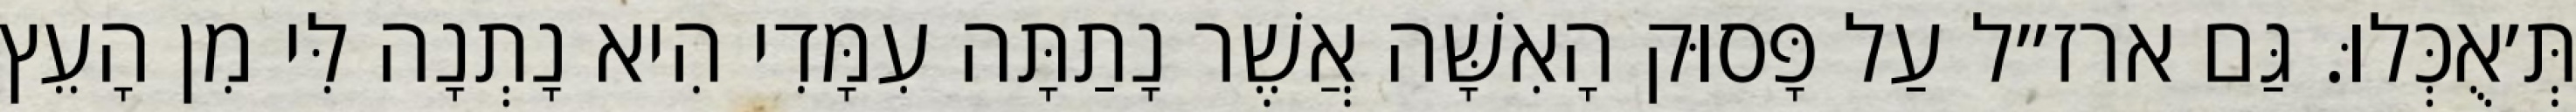
תְּ׳אֻכְּלוּ. גַּם ארז״ל עַל פָּסוּק הָאִשָּׁה אֲשֶׁר נָתַתָּה עִמָּדִי הִיא נָתְנָה לִּי מִן הָעֵץ